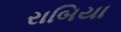
રાબિયા